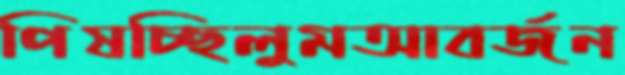
পিষচ্ছিলুমআবর্জন